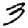
Digit: 3